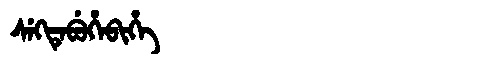
Manchu: ᠰᡝᡴᡨᡝᠪᡠᡥᡝᠪᡳᡥᡝ
Romanization: SEKTEBUHEBIHE